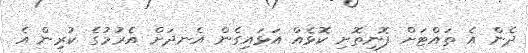
ދެން އެ ތައްޓަށް ފޮނިތޮށި ކޮޅެއް އަޅައިގެން އެނދަށް އެރުމުގެ ކުރިން އެ